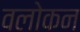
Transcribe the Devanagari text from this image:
वलोकन